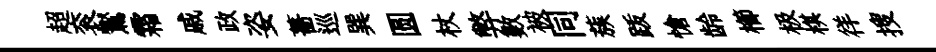
超衮鸑霜戚政姿薔巡巽圆杖弊數被同蔟䟦愴龄櫛极棋徉搜